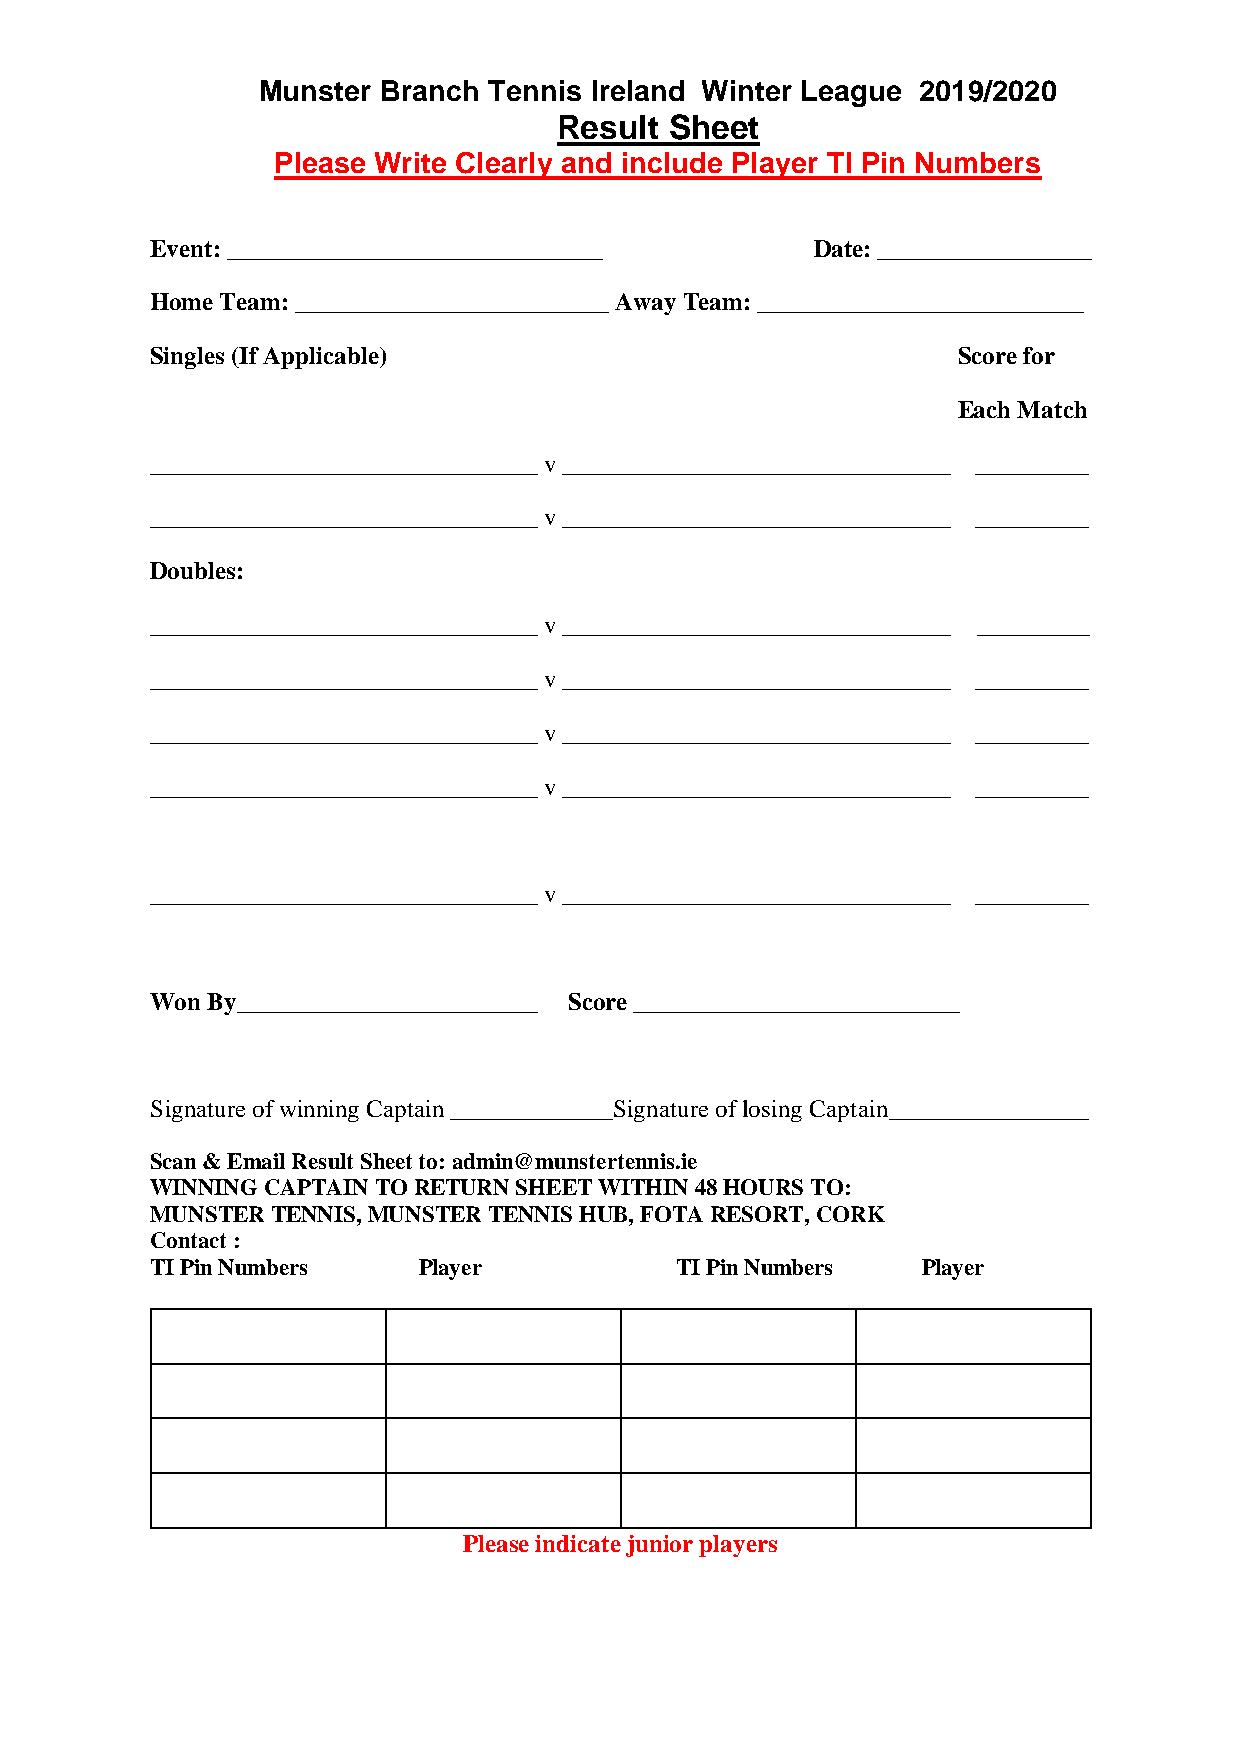
Munster Branch Tennis Ireland Winter League 2019/2020
 Result Sheet
 Please Write Clearly and include Player TI Pin Numbers
 Event: ______________________________       Date: _________________
 Home Team: _________________________ Away Team: __________________________
 Singles (If Applicable)                              Score for
 Each Match
 _______________________________ v _______________________________ _________
 _______________________________ v _______________________________ _________
 Doubles:
 _______________________________ v _______________________________ _________
 _______________________________ v _______________________________ _________
 _______________________________ v _______________________________ _________
 _______________________________ v _______________________________ _________
 _______________________________ v _______________________________ _________
 Won By________________________ Score __________________________
 Signature of winning Captain _____________Signature of losing Captain________________
 Scan & Email Result Sheet to: admin@munstertennis.ie
 WINNING CAPTAIN TO RETURN SHEET WITHIN 48 HOURS TO:
 MUNSTER TENNIS, MUNSTER TENNIS HUB, FOTA RESORT, CORK
 Contact :
 TI Pin Numbers    Player           TI Pin Numbers  Player
 Please indicate junior players